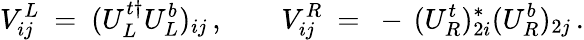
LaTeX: V_{ij}^{L}\ =\ (U_{L}^{t\dagger}U_{L}^{b})_{ij}\, ,\qquad V_{ij}^{R}\ =\ -\, (U_{R}^{t})_{2i}^{*}(U_{R}^{b})_{2j}\, .